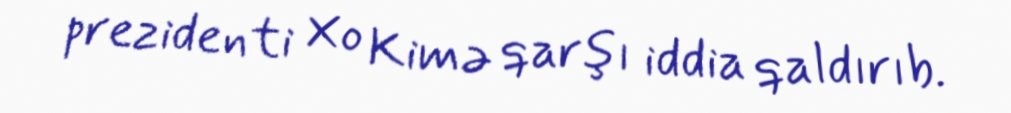
prezidenti Xo Kimə qarşı iddia qaldırıb.